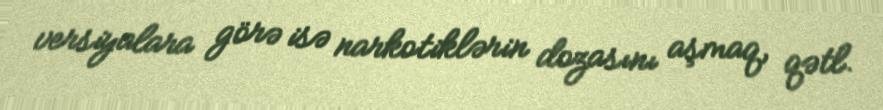
versiyalara görə isə narkotiklərin dozasını aşmaq, qətl.